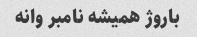
باروژ همیشه نامبر وانه